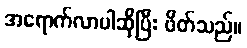
အရောက်လာပါဆိုပြီး ဖိတ်သည်။